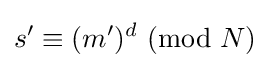
s'\equiv (m')^{d}\ (\mathrm {mod} \ N)